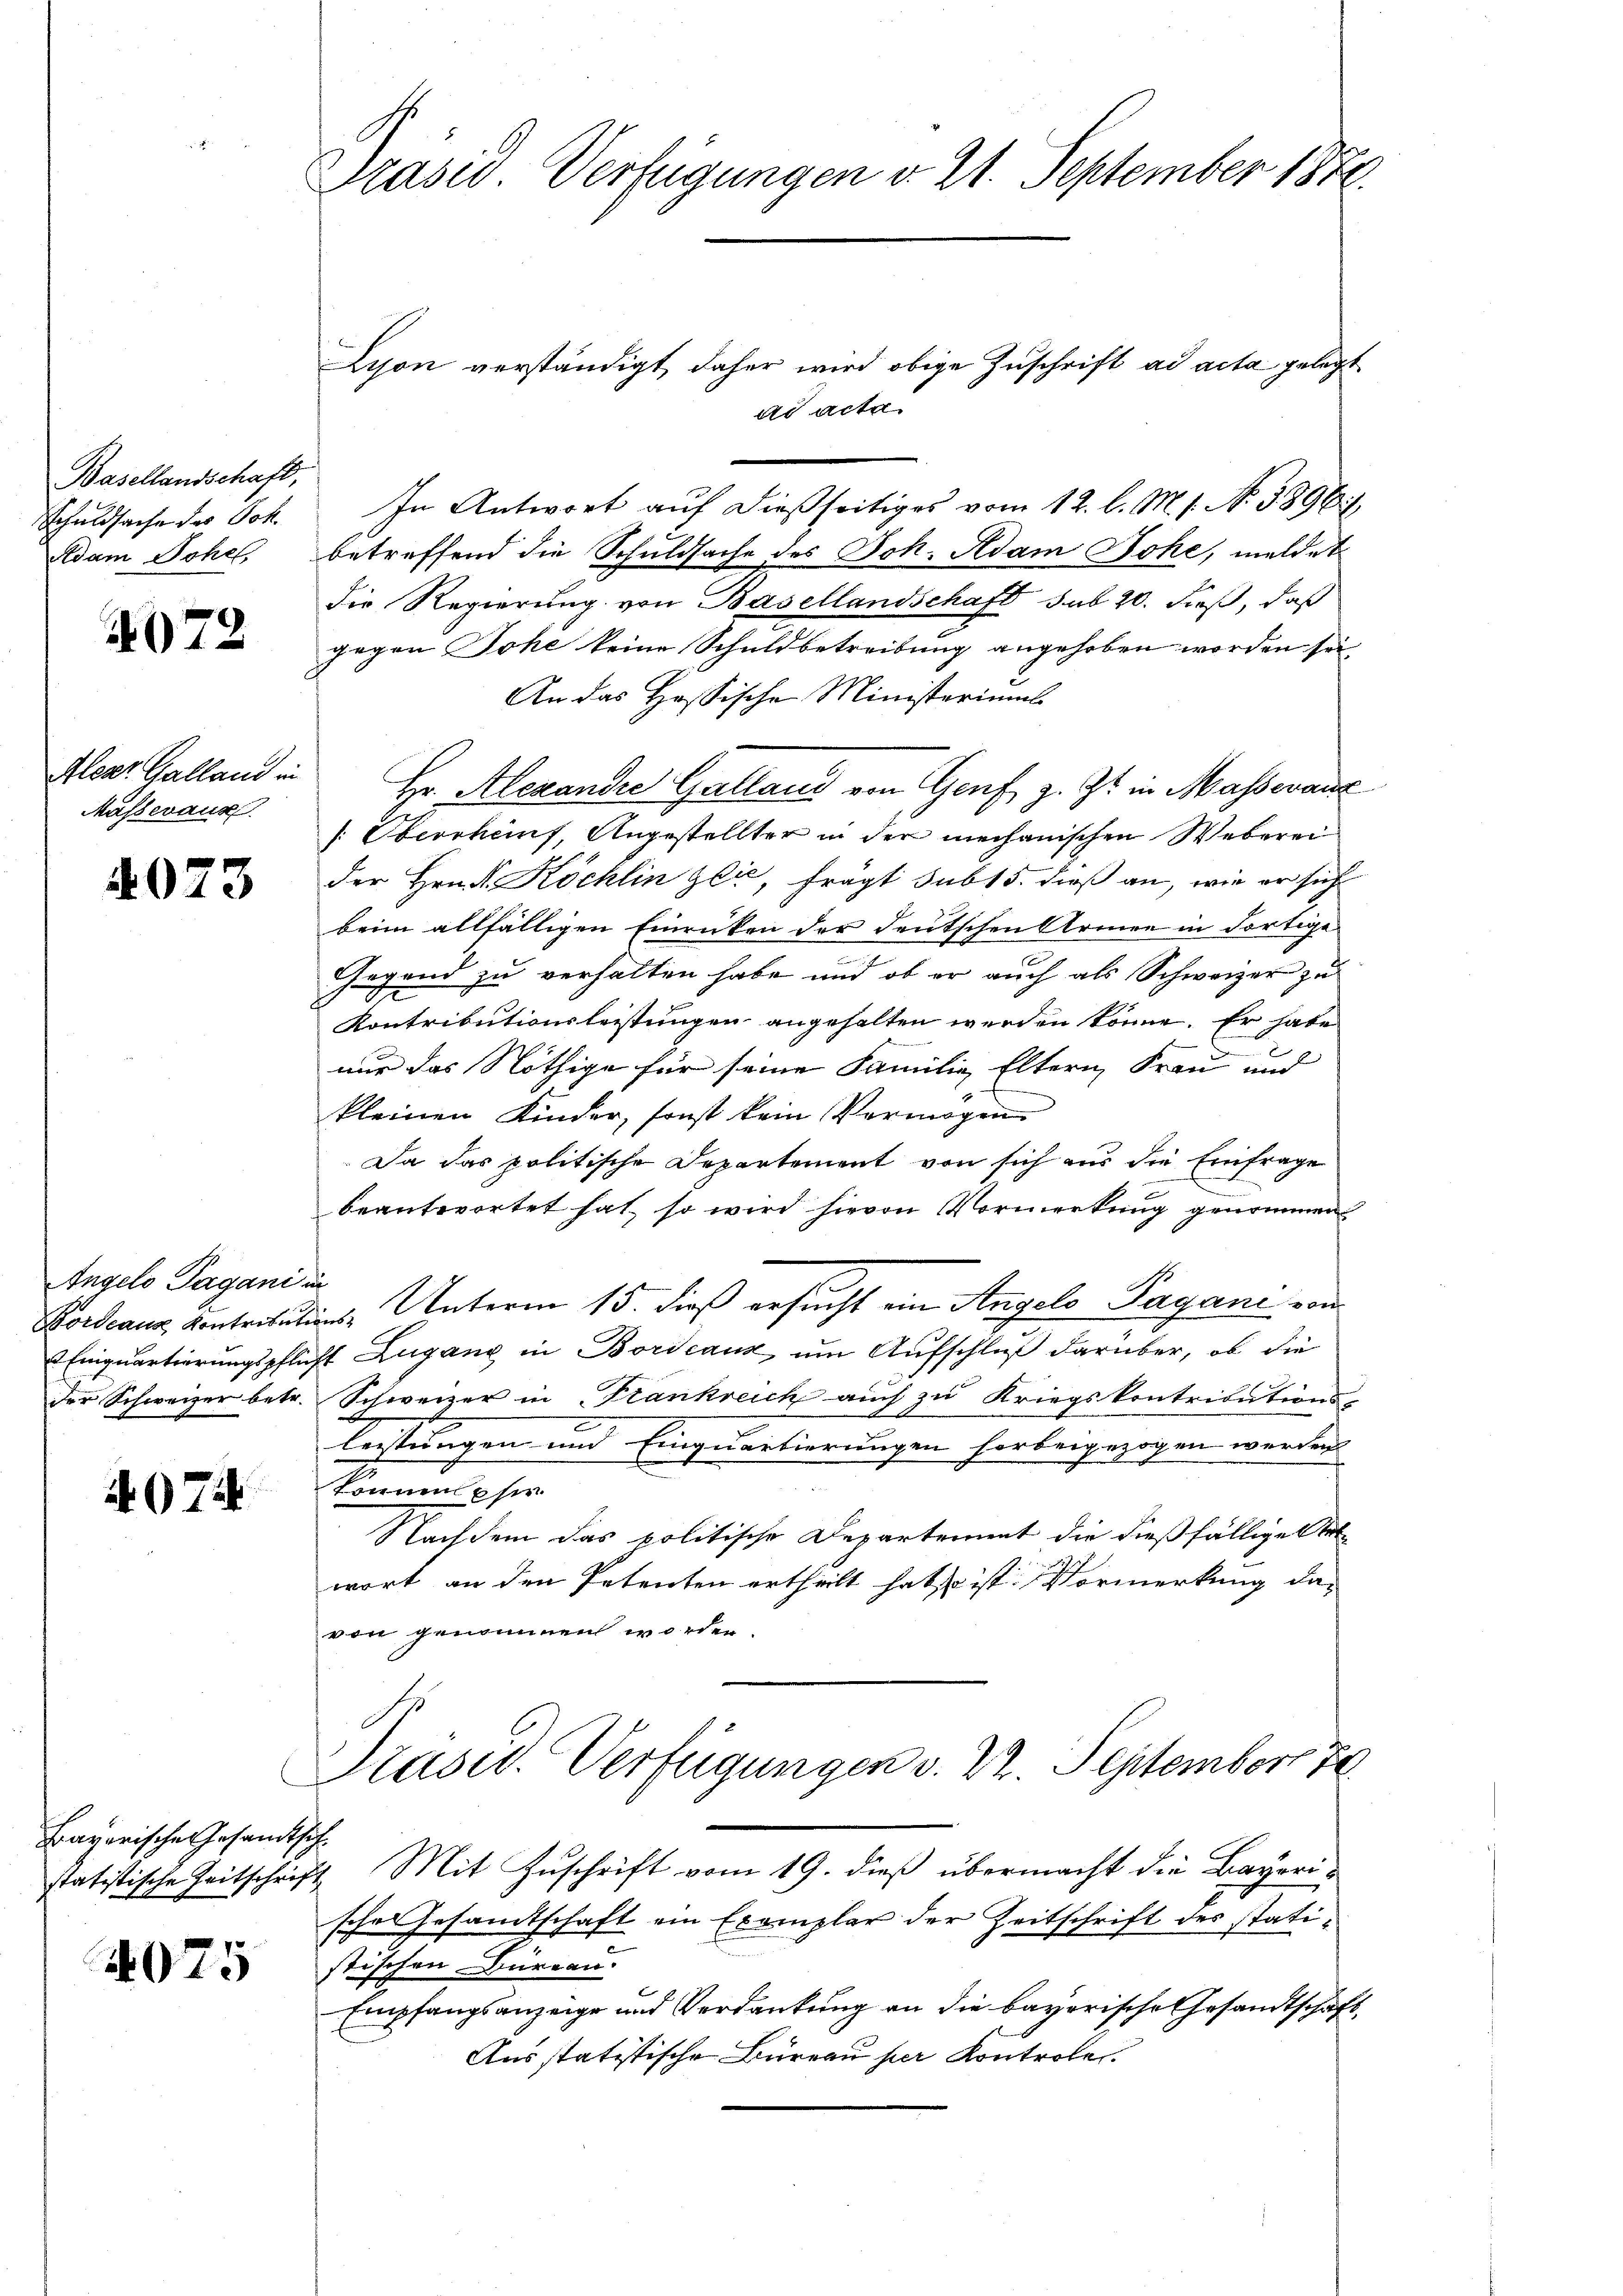
Basellandschaft,
Schuldsache des Joh.
Adam Johe,

072

Aleer. Galland in
Musseraus

4023

Angelo Pagani
Fordeaus Kontribut
Ennquartierungspflic
der Schweizer betr.

407

Frayerische Gesandtsch¬

4075

Präsid. Verfügungen v. 21. September 1880.

Lison verständigt, daher wird obige Zuschrift ad acta gelegt
ad acta
In Antwort auf dießseitiges vom 12. l. M. s. N. 3896/
betreffend die Schuldsache des Joh. Adam Johe, meldet
die Regierung von Basellandschaft sub 20. dieß, daß
Jegen Johe keine Schuldbetreibung angehoben worden sei,
An das Hessische Ministeriums
Hr. Alexandre Galland von Genf z. Zt. in Masseranz
[Oberrhauf, Angestellter in der mechanischen Weberei
der Hrn. Köchlin zer, frägt sub 15. dieß an, wie er sich
beim allfälligen Einrücken der deutschen Armen in dortige
Gegend zu verhalten habe und ob er auch als Schweizer zu
Kontributionsleistungen angehalten werden könne. Er habe
nur das Nöthige für seine Familie Eltern Frau und
kleinen Kinder, sonst kein Vermögen
Da das politische Departement von sich aus die Einfrage
beantwortet hat, so wird hievon Vormerkung genommen
ref
nche Unterm 15. dieß ersucht ein Angelo Pagani von
ht Lugang in Bordeaux, um Aufschluß darüber, ob die
Schweizer in Frankreich auch zu Kriegskontribution
leistungen und Einquartierungen herbeigezogen werden.
komnm phi
Nachdem das politische Departement die dießfällige Art
wort an den Petenten ertheilt hat ist. Vormerkung davon genommen worden.
Präsid. Verfügungen v. 22. September 78
statistische Zeitschrift. Mit Zuschrift vom 19. dieß übermacht die Bayerische Gesamtschaft ein Exemplar der Zeitschrift des statistischen Büreau.
Empfangsanzeige und Verdankung an die bayerische Gesandtschaft,
Ausstatistische Büreau per Kontroler.